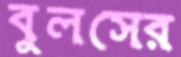
বুলসের